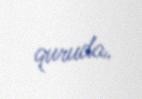
quruda.